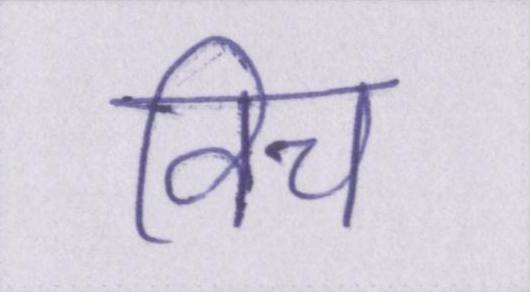
विच